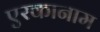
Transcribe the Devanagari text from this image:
एरकानाम